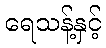
ရေသန့်နှင့်